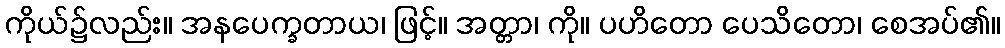
ကိုယ်၌လည်း။ အနပေက္ခတာယ၊ ဖြင့်။ အတ္တာ၊ ကို။ ပဟိတော ပေသိတော၊ စေအပ်၏။